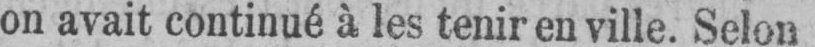
on avait continué à les tenir en ville. Selon